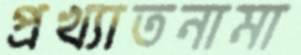
প্রখ্যাতনামা